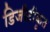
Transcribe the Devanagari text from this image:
डिजीटीकृत